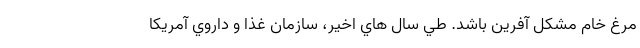
مرغ خام مشكل آفرين باشد. طي سال هاي اخير، سازمان غذا و داروي آمريكا